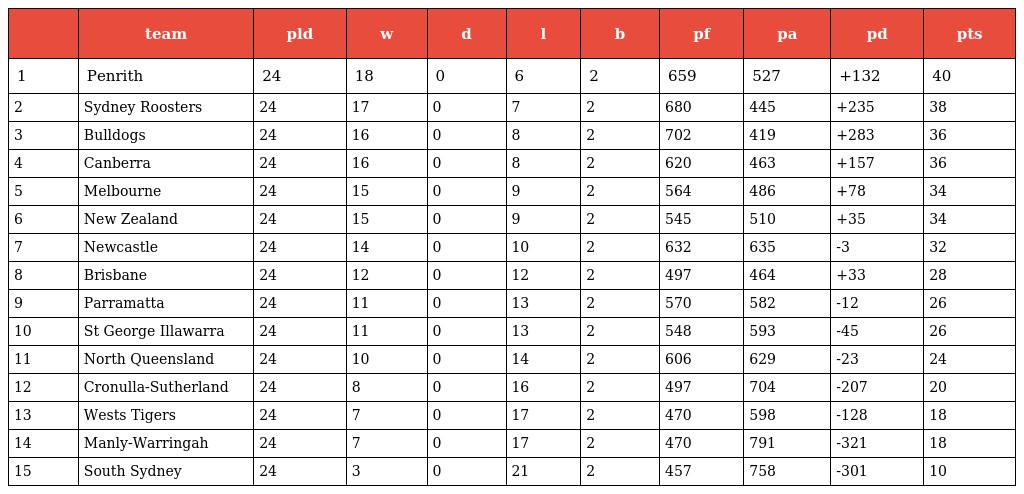
|  | team | pld | w | d | l | b | pf | pa | pd | pts |
 | --- | --- | --- | --- | --- | --- | --- | --- | --- | --- | --- |
 | 1 | Penrith | 24 | 18 | 0 | 6 | 2 | 659 | 527 | +132 | 40 |
 | 2 | Sydney Roosters | 24 | 17 | 0 | 7 | 2 | 680 | 445 | +235 | 38 |
 | 3 | Bulldogs | 24 | 16 | 0 | 8 | 2 | 702 | 419 | +283 | 36 |
 | 4 | Canberra | 24 | 16 | 0 | 8 | 2 | 620 | 463 | +157 | 36 |
 | 5 | Melbourne | 24 | 15 | 0 | 9 | 2 | 564 | 486 | +78 | 34 |
 | 6 | New Zealand | 24 | 15 | 0 | 9 | 2 | 545 | 510 | +35 | 34 |
 | 7 | Newcastle | 24 | 14 | 0 | 10 | 2 | 632 | 635 | -3 | 32 |
 | 8 | Brisbane | 24 | 12 | 0 | 12 | 2 | 497 | 464 | +33 | 28 |
 | 9 | Parramatta | 24 | 11 | 0 | 13 | 2 | 570 | 582 | -12 | 26 |
 | 10 | St George Illawarra | 24 | 11 | 0 | 13 | 2 | 548 | 593 | -45 | 26 |
 | 11 | North Queensland | 24 | 10 | 0 | 14 | 2 | 606 | 629 | -23 | 24 |
 | 12 | Cronulla-Sutherland | 24 | 8 | 0 | 16 | 2 | 497 | 704 | -207 | 20 |
 | 13 | Wests Tigers | 24 | 7 | 0 | 17 | 2 | 470 | 598 | -128 | 18 |
 | 14 | Manly-Warringah | 24 | 7 | 0 | 17 | 2 | 470 | 791 | -321 | 18 |
 | 15 | South Sydney | 24 | 3 | 0 | 21 | 2 | 457 | 758 | -301 | 10 |